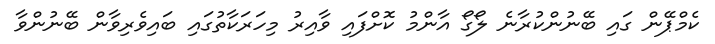
ކެމްޕޭން ގައި ބޭނުންކުރާނެ ލޯގޯ އާންމު ކޮށްފައި ވާއިރު މިހަރަކާތުގައި ބައިވެރިވާން ބޭނުންވާ